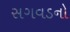
સગવડનો